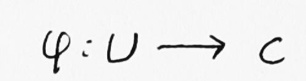
\[
\varphi: U \longrightarrow \mathbb{C}
\]